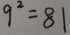
9 ^ { 2 } = 8 1